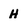
Character: H